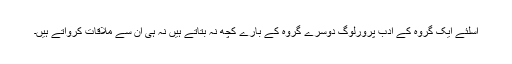
اسلئے ایک گروہ کے ادب پرورلوگ دوسرے گروہ کے بارے کچھ نہ بتاتے ہیں نہ ہی ان سے ملاقات کرواتے ہیں۔